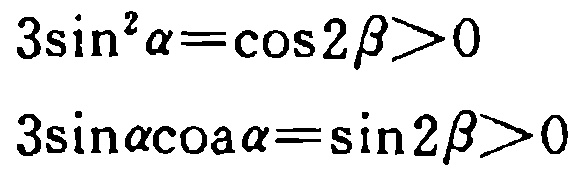
\[

\begin{align*}

3\sin^{2}\alpha&=\cos2\beta>0\\

3\sin\alpha\cos\alpha&=\sin2\beta>0

\end{align*}

\]